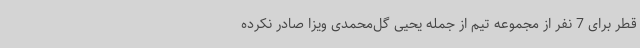
قطر برای 7 نفر از مجموعه تیم از جمله یحیی گل‌محمدی ویزا صادر نکرده